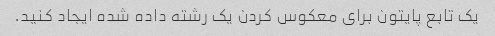
یک تابع پایتون برای معکوس کردن یک رشته داده شده ایجاد کنید.